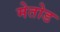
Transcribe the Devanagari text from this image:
मेतोड